Lunatic asylums Burma 1907-21 - 1907-1921
Year: 1907
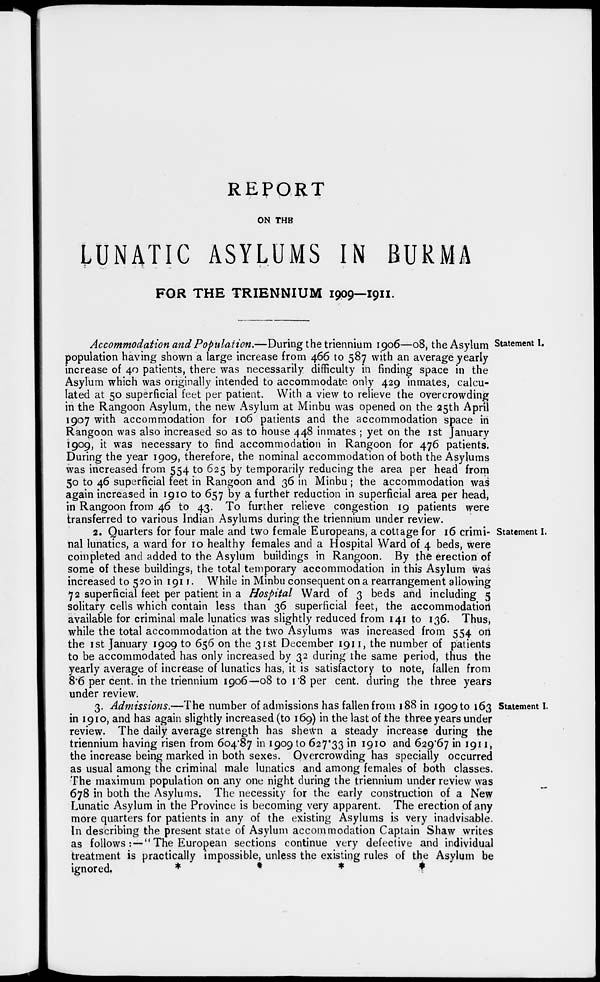
REPORT
ON THE
LUNATIC ASYLUMS IN BURMA
FOR THE TRIENNIUM 1909—1911.
Statement I.
Accommodation and Population.—During the triennium 1906—08, the Asylum
population having shown a large increase from 466 to 587 with an average yearly
increase of 40 patients, there was necessarily difficulty in finding space in the
Asylum which was originally intended to accommodate only 429 inmates, calcu-
lated at 50 superficial feet per patient. With a view to relieve the overcrowding
in the Rangoon Asylum, the new Asylum at Minbu was opened on the 25th April
1907 with accommodation for 106 patients and the accommodation space in
Rangoon was also increased so as to house 448 inmates ; yet on the 1st January
1909, it was necessary to find accommodation in Rangoon for 476 patients.
During the year 1909, therefore, the nominal accommodation of both the Asylums
was increased from 554 to 625 by temporarily reducing the area per head from
50 to 46 superficial feet in Rangoon and 36 in Minbu ; the accommodation was
again increased in 1910 to 657 by a further reduction in superficial area per head,
in Rangoon from 46 to 43. To further relieve congestion 19 patients were
transferred to various Indian Asylums during the triennium under review.
Statement I.
2. Quarters for four male and two female Europeans, a cottage for 16 crimi-
nal lunatics, a ward for 10 healthy females and a Hospital Ward of 4 beds, were
completed and added to the Asylum buildings in Rangoon. By the erection of
some of these buildings, the total temporary accommodation in this Asylum was
increased to 520 in 1911. While in Minbu consequent on a rearrangement allowing
72 superficial feet per patient in a Hospital Ward of 3 beds and including 5
solitary cells which contain less than 36 superficial feet, the accommodation
available for criminal male lunatics was slightly reduced from 141 to 136. Thus,
while the total accommodation at the two Asylums was increased from 554 on
the 1st January 1909 to 656 on the 31st December 1911, the number of patients
to be accommodated has only increased by 32 during the same period, thus the
yearly average of increase of lunatics has, it is satisfactory to note, fallen from
8.6 per cent. in the triennium 1906—08 to 1.8 per cent. during the three years
under review.
Statement I.
3. Admissions.—The number of admissions has fallen from 188 in 1909 to 163
in 1910, and has again slightly increased (to 169) in the last of the three years under
review. The daily average strength has shewn a steady increase during the
triennium having risen from 604.87 in 1909 to 627.33 in 1910 and 629.67 in 1911,
the increase being marked in both sexes. Overcrowding has specially occurred
as usual among the criminal male lunatics and among females of both classes.
The maximum population on any one night during the triennium under review was
678 in both the Asylums. The necessity for the early construction of a New
Lunatic Asylum in the Province is becoming very apparent. The erection of any
more quarters for patients in any of the existing Asylums is very inadvisable.
In describing the present state of Asylum accommodation Captain Shaw writes
as follows: —" The European sections continue very defective and individual
treatment is practically impossible, unless the existing rules of the Asylum be
ignored.
*
*
*
*